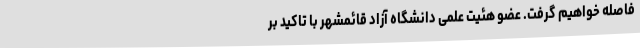
فاصله خواهیم گرفت. عضو هئیت علمی دانشگاه آزاد قائمشهر با تاکید بر